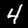
Digit: 4